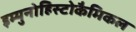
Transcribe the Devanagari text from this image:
इम्युनोहिस्टोकैमिकल